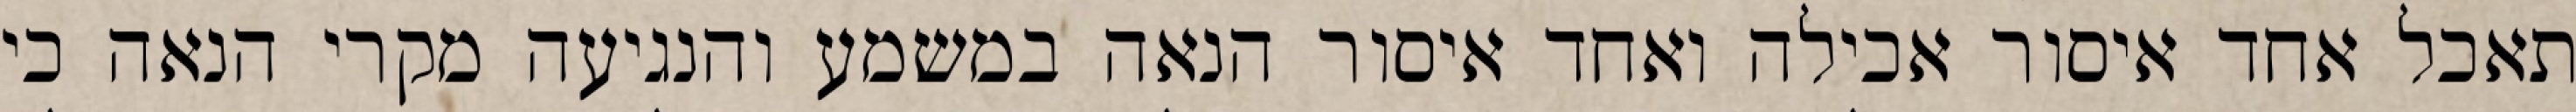
תאכל אחד איסור אכילה ואחד איסור הנאה במשמע והנגיעה מקרי הנאה כי